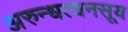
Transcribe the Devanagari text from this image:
अरुन्धत्यनसूय